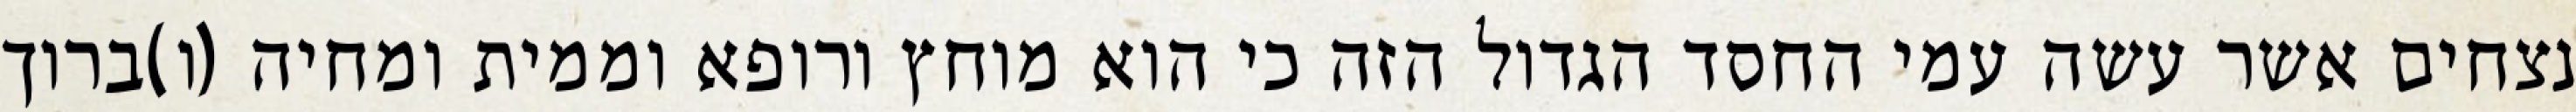
נצחים אשר עשה עמי החסד הגדול הזה כי הוא מוחץ ורופא וממית ומחיה (ו)ברוך